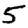
Digit: 5